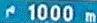
1000m